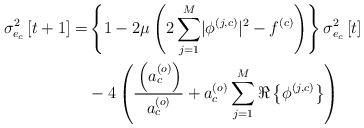
LaTeX: \begin{align*} \sigma_{e_c}^2\left[t+1\right]=&\left\{1-2\mu\left(2\sum_{j=1}^{M}\lvert\phi^{\left(j,c\right)}\rvert^2-f^{\left(c\right)}\right)\right\}\sigma_{e_c}^2\left[t\right]\\ &-4\left(\frac{_{}\left(a_c^{\left(o\right)}\right)}{a_c^{\left(o\right)}}+a_c^{\left(o\right)}\sum_{j=1}^{M}\Re\left\{\phi^{\left(j,c\right)}\right\}\right) \end{align*}